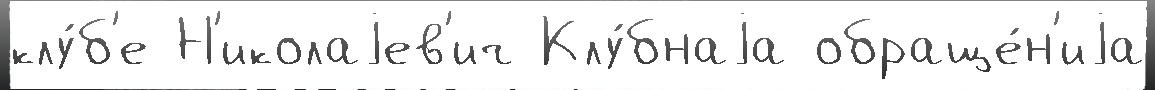
клу́б'е Н'иколаjев'ич Клу́бнаjа обраще́н'иjа